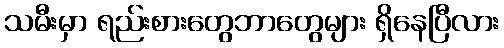
သမီးမှာ ရည်းစားတွေဘာတွေများ ရှိနေပြီလား